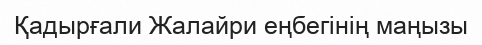
Қадырғали Жалайри еңбегінің маңызы